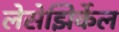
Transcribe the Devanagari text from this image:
लेसेझिर्केल